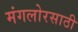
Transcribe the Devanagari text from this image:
मंगलोरसाठी